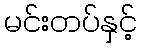
မင်းတပ်နှင့်